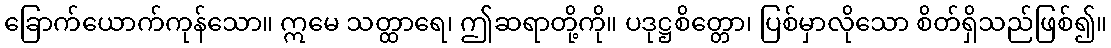
ခြောက်ယောက်ကုန်သော။ ဣမေ သတ္ထာရေ၊ ဤဆရာတို့ကို။ ပဒုဋ္ဌစိတ္တော၊ ပြစ်မှာလိုသော စိတ်ရှိသည်ဖြစ်၍။